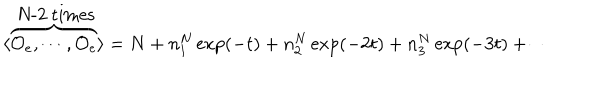
LaTeX: \langle \overbrace { { \cal O } _ { e } , \cdots , { \cal O } _ { e } } ^ { \mathrm { ~ N - 2 ~ t i m e s } } \rangle = N + n _ { 1 } ^ { N } \exp ( - t ) + n _ { 2 } ^ { N } \exp ( - 2 t ) + n _ { 3 } ^ { N } \exp ( - 3 t ) + \cdots